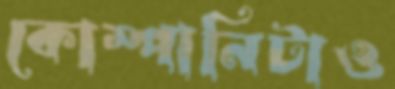
কোম্পানিটাও